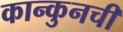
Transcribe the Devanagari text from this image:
कान्कुनची